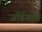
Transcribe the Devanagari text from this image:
जॉर्डनाचे